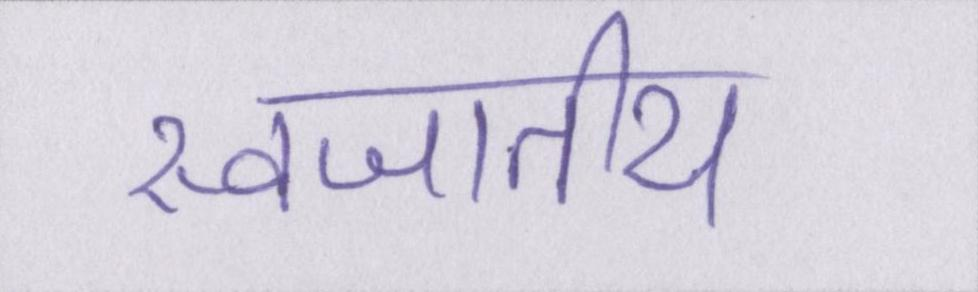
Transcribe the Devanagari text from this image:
स्वजातीय